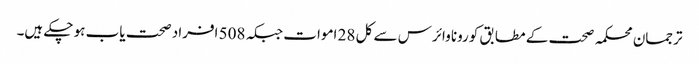
ترجمان محکمہ صحت کے مطابق کورونا وائرس سے کل 28 اموات جبکہ 508 افراد صحت یاب ہو چکے ہیں۔